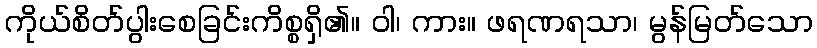
ကိုယ်စိတ်ပွါးစေခြင်းကိစ္စရှိ၏။ ဝါ၊ ကား။ ဖရဏရသာ၊ မွန်မြတ်သော